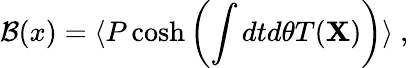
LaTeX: {\cal B}(x)=\langle P\cosh\left(\int dtd\theta T({\mathbf X})\right)\rangle~,